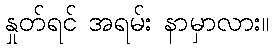
နှုတ်ရင် အရမ်း နာမှာလား။